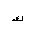
Letter: _kaf